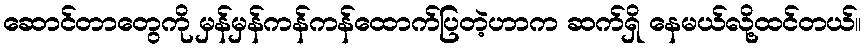
ဆောင်တာတွေကို မှန်မှန်ကန်ကန်ထောက်ပြတဲ့ဟာက ဆက်ရှိ နေမယ်လို့ထင်တယ်။